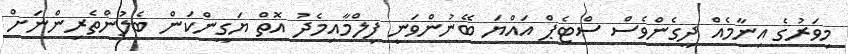
މިވަރުގެ އިނާމެއް ދީގެންވެސް ސްޓެޕް އައްޔަ ބޭނުންވަނީ ފިލްމާއިމެދު އޮތް ޔަގީންކަން ބެލުންތެރިންނަށް